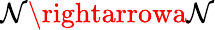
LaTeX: \mathcal{N}\rightarrowa\mathcal{N}